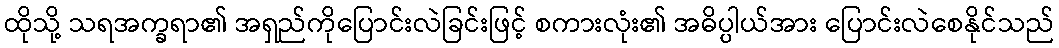
ထိုသို့ သရအက္ခရာ၏ အရှည်ကိုပြောင်းလဲခြင်းဖြင့် စကားလုံး၏ အဓိပ္ပါယ်အား ပြောင်းလဲစေနိုင်သည်